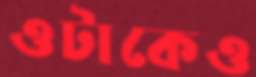
ওটাকেও